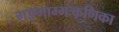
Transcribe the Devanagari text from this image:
गङ्गाम्भःकणिका